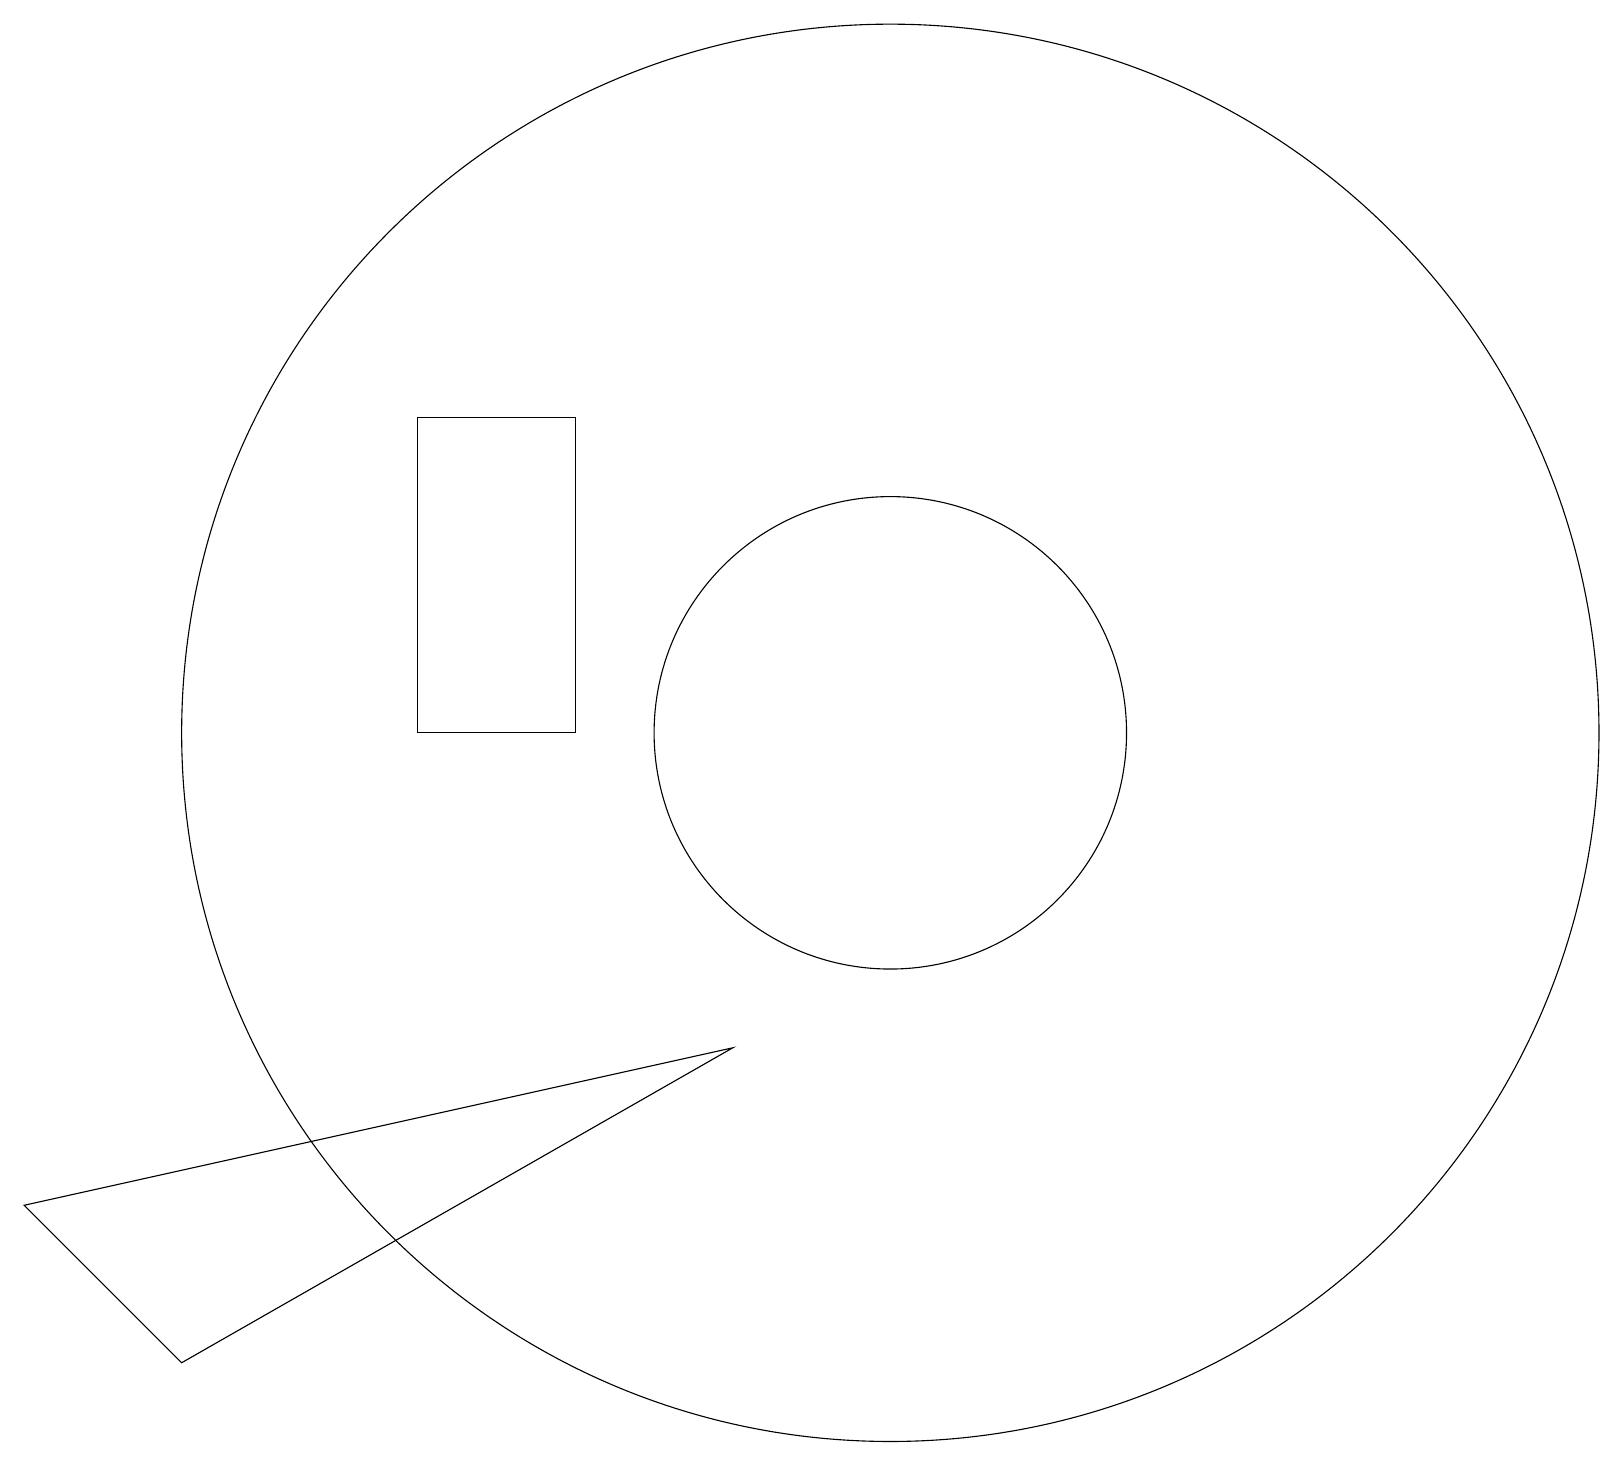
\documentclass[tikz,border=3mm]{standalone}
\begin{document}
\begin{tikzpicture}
\draw (11,10) circle (9);
\draw (5,10) rectangle (7,14);
\draw (9,6) -- (0,4) -- (2,2) -- cycle;
\draw (11,10) circle (3);
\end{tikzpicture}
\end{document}